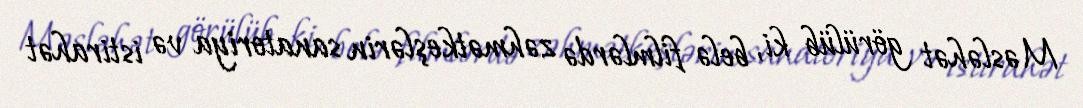
Məsləhət görülüb ki, belə filmlərdə zəhmətkeşlərin sanatoriya və istirahət